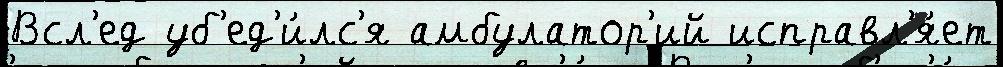
Всл'ед уб'ед'и́лс'я амбулатор'ий исправл'я́ет